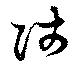
陟